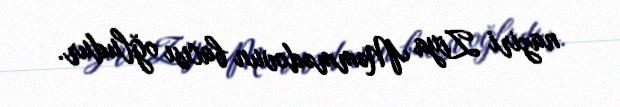
naziri Ziya Məmmədovun bacısı oğludur.